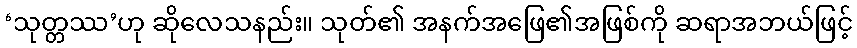
‘သုတ္တဿ’ဟု ဆိုလေသနည်း။ သုတ်၏ အနက်အဖြေ၏အဖြစ်ကို ဆရာအဘယ်ဖြင့်